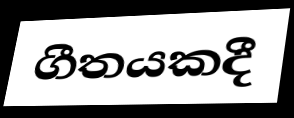
ගීතයකදී